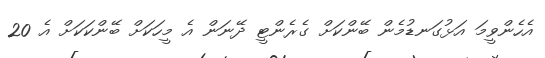
އެހެންވީމަ އަޅުގަނޑުމެން ބޭންކަށް ގެރެންޓީ ދޭނަން އެ މީހަކަށް ބޭންކަކަށް އެ 20